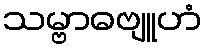
သမ္ဗာဓဗျူဟံ